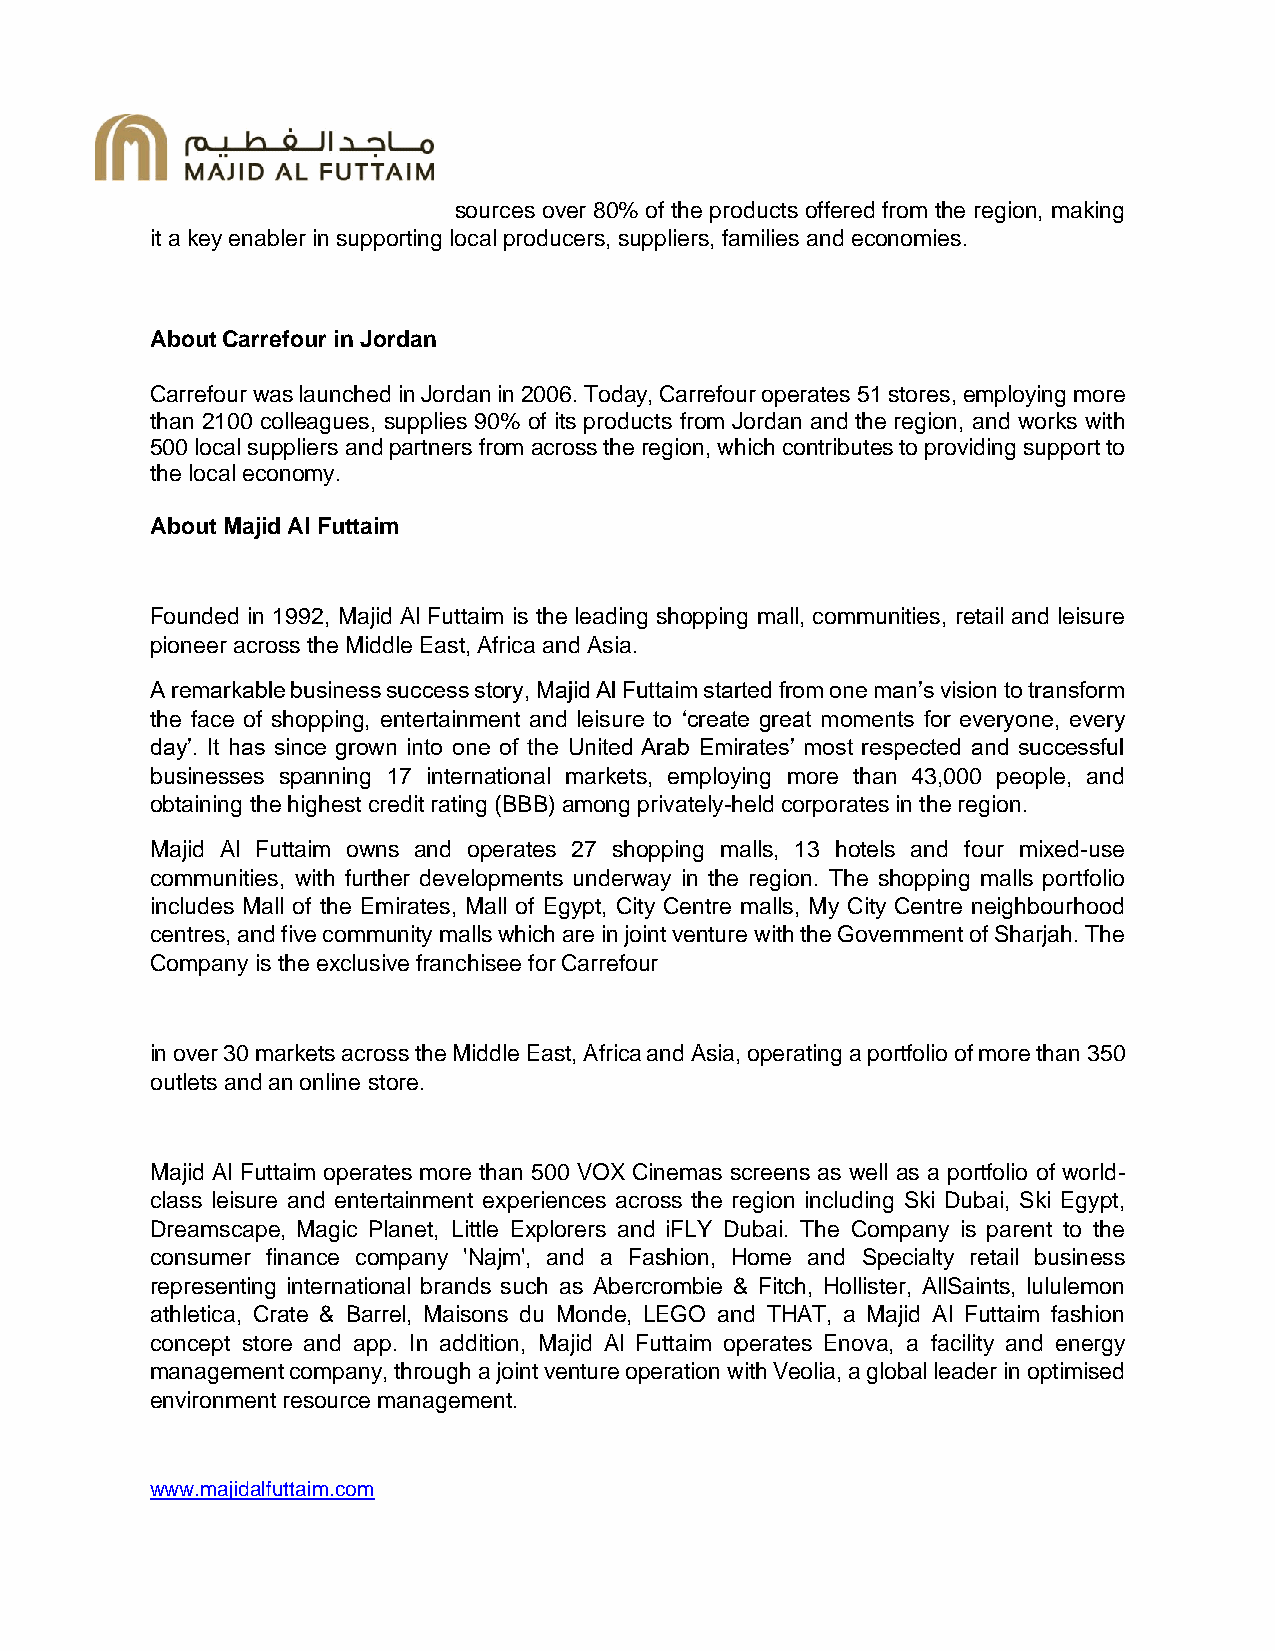
sources over 80% of the products offered from the region, making
 it a key enabler in supporting local producers, suppliers, families and economies.
 About Carrefour in Jordan
 Carrefour was launched in Jordan in 2006. Today, Carrefour operates 51 stores, employing more
 than 2100 colleagues, supplies 90% of its products from Jordan and the region, and works with
 500 local suppliers and partners from across the region, which contributes to providing support to
 the local economy.
 About Majid Al Futtaim
 Founded in 1992, Majid Al Futtaim is the leading shopping mall, communities, retail and leisure
 pioneer across the Middle East, Africa and Asia.
 A remarkable business success story, Majid Al Futtaim started from one man’s vision to transform
 the face of shopping, entertainment and leisure to ‘create great moments for everyone, every
 day’. It has since grown into one of the United Arab Emirates’ most respected and successful
 businesses spanning 17 international markets, employing more than 43,000 people, and
 obtaining the highest credit rating (BBB) among privately-held corporates in the region.
 Majid Al Futtaim owns and operates 27 shopping malls, 13 hotels and four mixed-use
 communities, with further developments underway in the region. The shopping malls portfolio
 includes Mall of the Emirates, Mall of Egypt, City Centre malls, My City Centre neighbourhood
 centres, and five community malls which are in joint venture with the Government of Sharjah. The
 Company is the exclusive franchisee for Carrefour
 in over 30 markets across the Middle East, Africa and Asia, operating a portfolio of more than 350
 outlets and an online store.
 Majid Al Futtaim operates more than 500 VOX Cinemas screens as well as a portfolio of world-
 class leisure and entertainment experiences across the region including Ski Dubai, Ski Egypt,
 Dreamscape, Magic Planet, Little Explorers and iFLY Dubai. The Company is parent to the
 consumer finance company 'Najm', and a Fashion, Home and Specialty retail business
 representing international brands such as Abercrombie & Fitch, Hollister, AllSaints, lululemon
 athletica, Crate & Barrel, Maisons du Monde, LEGO and THAT, a Majid Al Futtaim fashion
 concept store and app. In addition, Majid Al Futtaim operates Enova, a facility and energy
 management company, through a joint venture operation with Veolia, a global leader in optimised
 environment resource management.
 www.majidalfuttaim.com